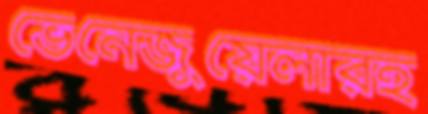
ভেনেজুয়েলারহ